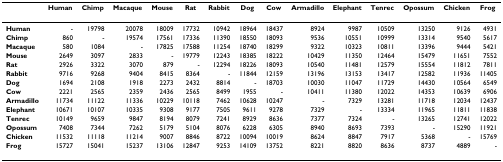
<table><thead><tr><td></td><td><b>Human</b></td><td><b>Chimp</b></td><td><b>Macaque</b></td><td><b>Mouse</b></td><td><b>Rat</b></td><td><b>Rabbit</b></td><td><b>Dog</b></td><td><b>Cow</b></td><td><b>Armadillo</b></td><td><b>Elephant</b></td><td><b>Tenrec</b></td><td><b>Opossum</b></td><td><b>Chicken</b></td><td><b>Frog</b></td></tr></thead><tbody><tr><td><b>Human</b></td><td>-</td><td>19798</td><td>20078</td><td>18009</td><td>17732</td><td>10942</td><td>18964</td><td>18437</td><td>8924</td><td>9987</td><td>10509</td><td>13250</td><td>9126</td><td>4931</td></tr><tr><td><b>Chimp</b></td><td>860</td><td>-</td><td>19574</td><td>17561</td><td>17336</td><td>11390</td><td>18550</td><td>18093</td><td>9536</td><td>10551</td><td>10999</td><td>13314</td><td>9540</td><td>5617</td></tr><tr><td><b>Macaque</b></td><td>580</td><td>1084</td><td>-</td><td>17825</td><td>17588</td><td>11254</td><td>18740</td><td>18299</td><td>9322</td><td>10323</td><td>10811</td><td>13396</td><td>9444</td><td>5421</td></tr><tr><td><b>Mouse</b></td><td>2649</td><td>3097</td><td>2833</td><td>-</td><td>19779</td><td>12243</td><td>18385</td><td>18222</td><td>10429</td><td>11350</td><td>12464</td><td>15479</td><td>11651</td><td>7552</td></tr><tr><td><b>Rat</b></td><td>2926</td><td>3322</td><td>3070</td><td>879</td><td>-</td><td>12294</td><td>18226</td><td>18093</td><td>10540</td><td>11481</td><td>12579</td><td>15554</td><td>11812</td><td>7811</td></tr><tr><td><b>Rabbit</b></td><td>9716</td><td>9268</td><td>9404</td><td>8415</td><td>8364</td><td>-</td><td>11844</td><td>12159</td><td>13196</td><td>13153</td><td>13417</td><td>12582</td><td>11936</td><td>11405</td></tr><tr><td><b>Dog</b></td><td>1694</td><td>2108</td><td>1918</td><td>2273</td><td>2432</td><td>8814</td><td>-</td><td>18703</td><td>10030</td><td>11047</td><td>11729</td><td>14430</td><td>10564</td><td>6549</td></tr><tr><td><b>Cow</b></td><td>2221</td><td>2565</td><td>2359</td><td>2436</td><td>2565</td><td>8499</td><td>1955</td><td>-</td><td>10411</td><td>11380</td><td>12022</td><td>14353</td><td>10639</td><td>6906</td></tr><tr><td><b>Armadillo</b></td><td>11734</td><td>11122</td><td>11336</td><td>10229</td><td>10118</td><td>7462</td><td>10628</td><td>10247</td><td>-</td><td>7329</td><td>13281</td><td>11718</td><td>12034</td><td>12437</td></tr><tr><td><b>Elephant</b></td><td>10671</td><td>10107</td><td>10335</td><td>9308</td><td>9177</td><td>7505</td><td>9611</td><td>9278</td><td>7329</td><td>-</td><td>13334</td><td>11965</td><td>11811</td><td>11838</td></tr><tr><td><b>Tenrec</b></td><td>10149</td><td>9659</td><td>9847</td><td>8194</td><td>8079</td><td>7241</td><td>8929</td><td>8636</td><td>7377</td><td>7324</td><td>-</td><td>13265</td><td>12741</td><td>12022</td></tr><tr><td><b>Opossum</b></td><td>7408</td><td>7344</td><td>7262</td><td>5179</td><td>5104</td><td>8076</td><td>6228</td><td>6305</td><td>8940</td><td>8693</td><td>7393</td><td>-</td><td>15290</td><td>11921</td></tr><tr><td><b>Chicken</b></td><td>11532</td><td>11118</td><td>11214</td><td>9007</td><td>8846</td><td>8722</td><td>10094</td><td>10019</td><td>8624</td><td>8847</td><td>7917</td><td>5368</td><td>-</td><td>15769</td></tr><tr><td><b>Frog</b></td><td>15727</td><td>15041</td><td>15237</td><td>13106</td><td>12847</td><td>9253</td><td>14109</td><td>13752</td><td>8221</td><td>8820</td><td>8636</td><td>8737</td><td>4889</td><td>-</td></tr></tbody></table>